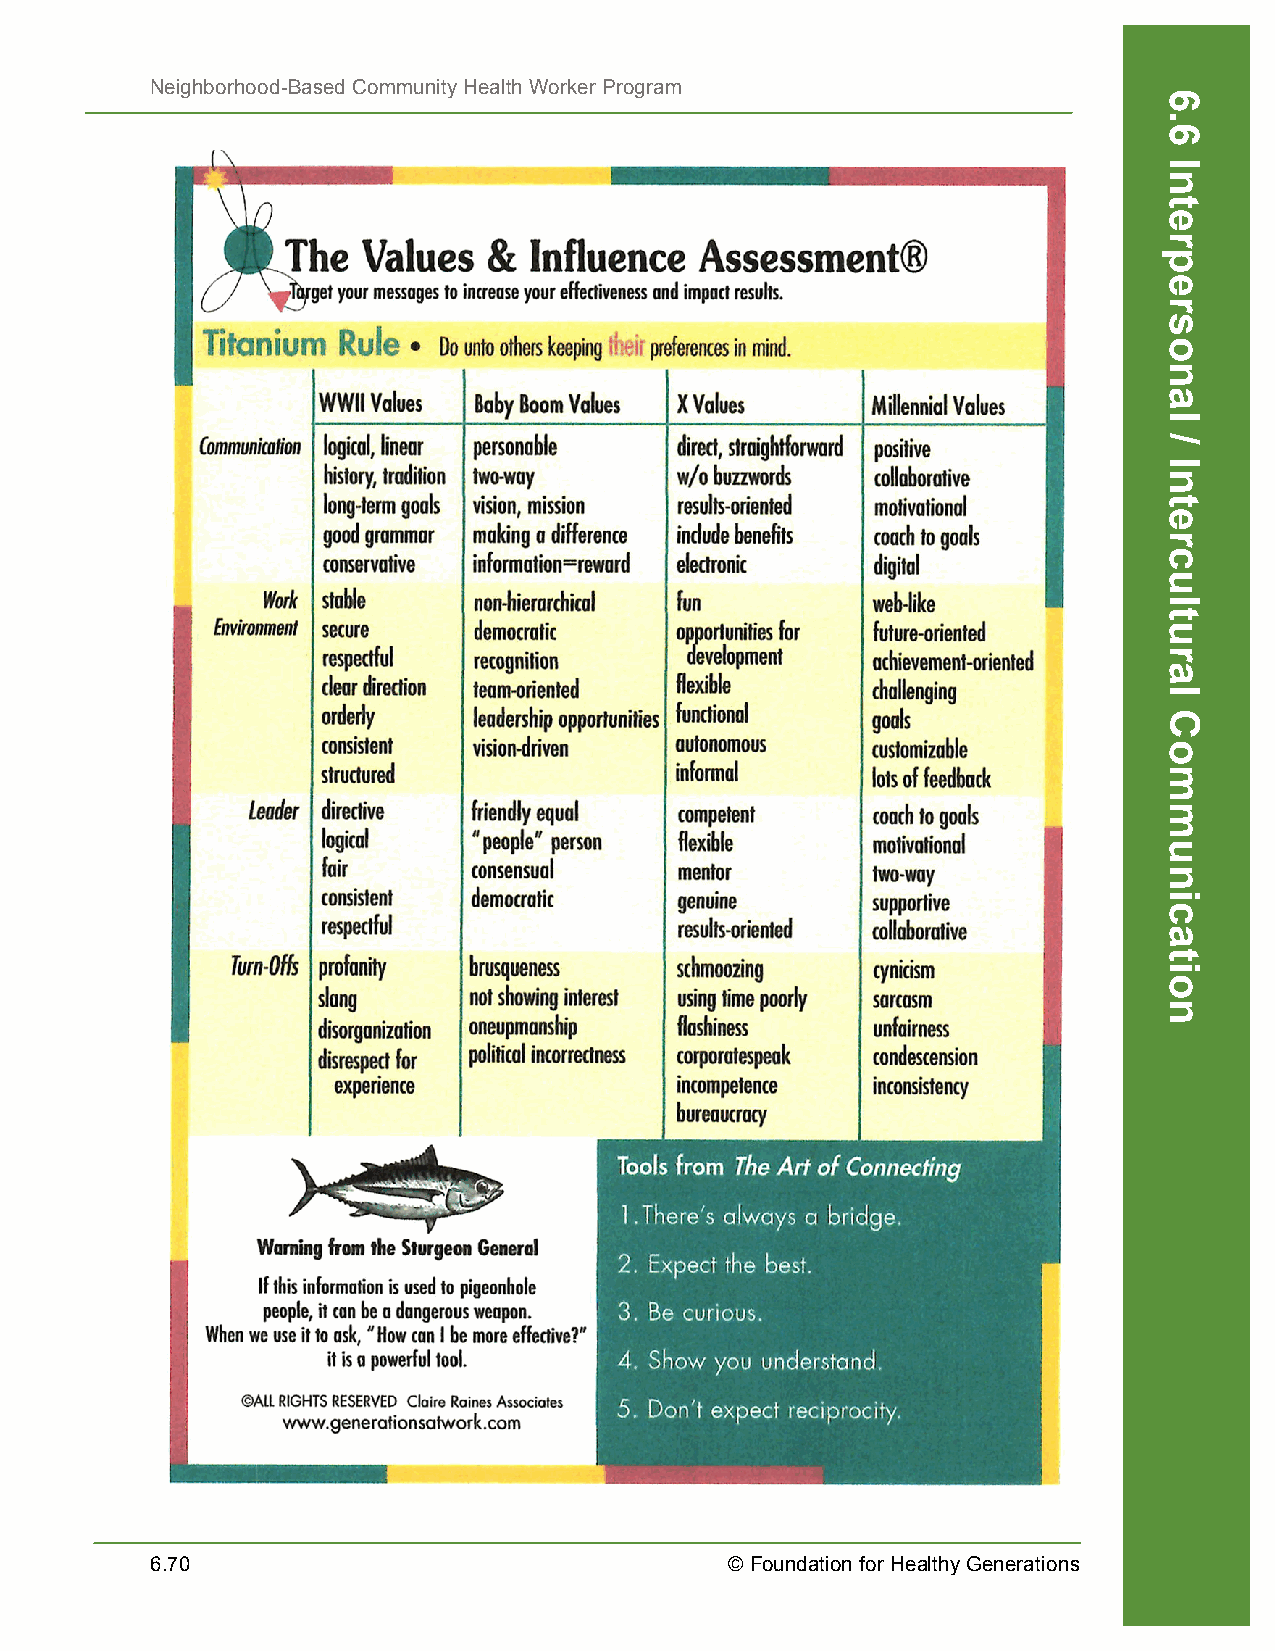
Neighborhood-Based Community Health Worker Program
 6.70                                  © Foundation for Healthy Generations
 6.6
 Interpersonal
 /
 Intercultural
 Communication